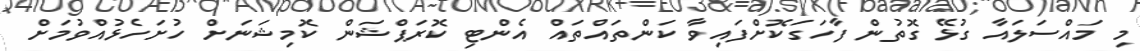
މި މައްސަލައާ ގުޅޭ ގޮތުން ފާހަގަކޮށްފައިވާ ކަންތައްތައް އެންޓި ކޮރަޕްޝަން ކޮމިޝަނަށް ހުށަހެޅުއްވުމަށް